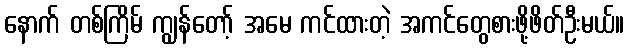
နောက် တစ်ကြိမ် ကျွန်တော့် အမေ ကင်ထားတဲ့ အကင်တွေစားဖို့ဖိတ်ဦးမယ်။